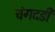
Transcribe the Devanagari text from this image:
चंगदडी